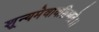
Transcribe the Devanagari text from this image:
शून्यमेवावशिष्यते।।